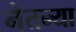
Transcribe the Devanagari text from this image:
नेतन्या